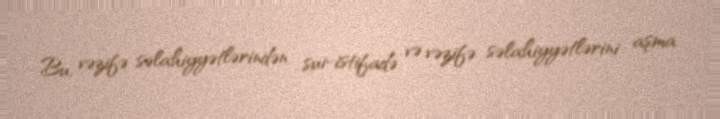
Bu, vəzifə səlahiyyətlərindən sui-istifadə və vəzifə səlahiyyətlərini aşma